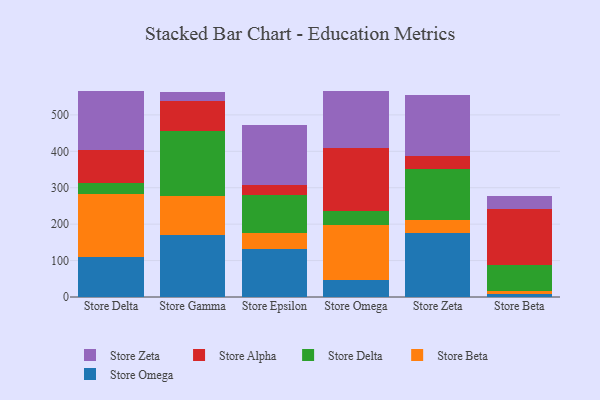
{"axis": {"x": "Store", "y": "Latency (ms)"}, "legend": ["Store Alpha", "Store Beta", "Store Delta", "Store Omega", "Store Zeta"], "data": [{"x": "Store Delta", "y": 111.1, "type": "Store Omega"}, {"x": "Store Delta", "y": 172.8, "type": "Store Beta"}, {"x": "Store Delta", "y": 29.3, "type": "Store Delta"}, {"x": "Store Delta", "y": 89.9, "type": "Store Alpha"}, {"x": "Store Delta", "y": 162.9, "type": "Store Zeta"}, {"x": "Store Gamma", "y": 169.4, "type": "Store Omega"}, {"x": "Store Gamma", "y": 108.5, "type": "Store Beta"}, {"x": "Store Gamma", "y": 177.2, "type": "Store Delta"}, {"x": "Store Gamma", "y": 81.8, "type": "Store Alpha"}, {"x": "Store Gamma", "y": 26.8, "type": "Store Zeta"}, {"x": "Store Epsilon", "y": 131.0, "type": "Store Omega"}, {"x": "Store Epsilon", "y": 44.7, "type": "Store Beta"}, {"x": "Store Epsilon", "y": 103.7, "type": "Store Delta"}, {"x": "Store Epsilon", "y": 28.7, "type": "Store Alpha"}, {"x": "Store Epsilon", "y": 163.4, "type": "Store Zeta"}, {"x": "Store Omega", "y": 47.9, "type": "Store Omega"}, {"x": "Store Omega", "y": 150.2, "type": "Store Beta"}, {"x": "Store Omega", "y": 37.2, "type": "Store Delta"}, {"x": "Store Omega", "y": 175.1, "type": "Store Alpha"}, {"x": "Store Omega", "y": 154.6, "type": "Store Zeta"}, {"x": "Store Zeta", "y": 176.4, "type": "Store Omega"}, {"x": "Store Zeta", "y": 34.8, "type": "Store Beta"}, {"x": "Store Zeta", "y": 139.8, "type": "Store Delta"}, {"x": "Store Zeta", "y": 35.7, "type": "Store Alpha"}, {"x": "Store Zeta", "y": 168.2, "type": "Store Zeta"}, {"x": "Store Beta", "y": 7.2, "type": "Store Omega"}, {"x": "Store Beta", "y": 8.6, "type": "Store Beta"}, {"x": "Store Beta", "y": 71.7, "type": "Store Delta"}, {"x": "Store Beta", "y": 155.1, "type": "Store Alpha"}, {"x": "Store Beta", "y": 34.1, "type": "Store Zeta"}]}